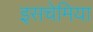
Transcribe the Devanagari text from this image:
इसचेमिया